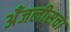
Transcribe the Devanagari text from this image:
अँजलीसचा